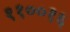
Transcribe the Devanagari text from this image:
११००१६